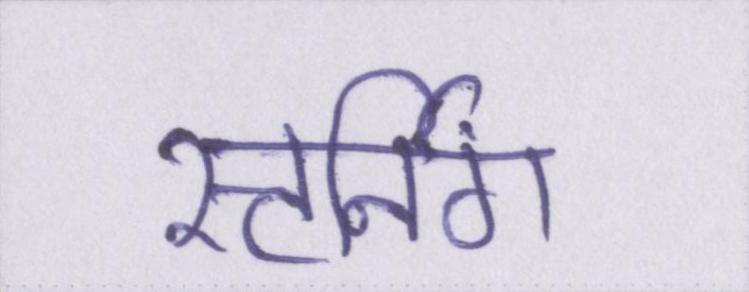
स्टर्निंग